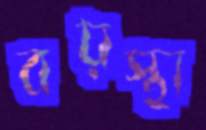
বয়স্থা